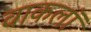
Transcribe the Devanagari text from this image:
वाकलॉ